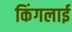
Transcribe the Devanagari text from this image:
किंगलाई